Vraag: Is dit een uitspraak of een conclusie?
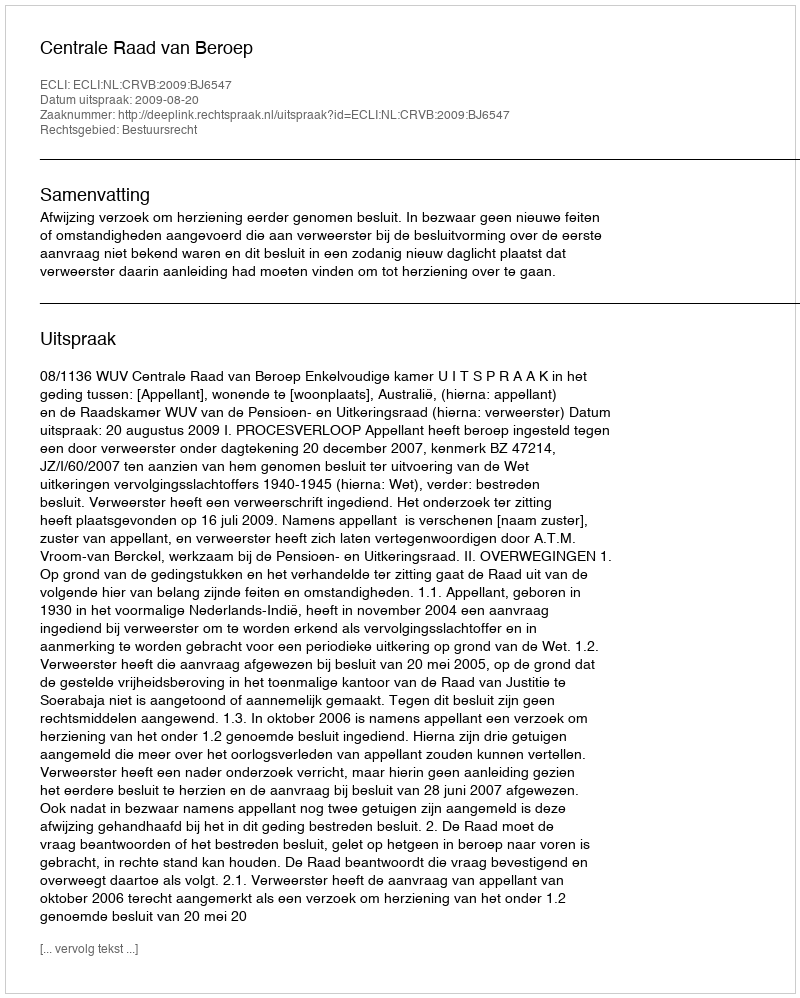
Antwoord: Uitspraak